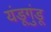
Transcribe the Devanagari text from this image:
यंडूगुंडू